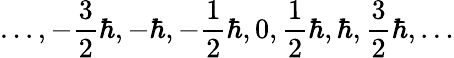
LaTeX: \ldots,-{\frac{3}{2}}\hbar,-\hbar,-{\frac{1}{2}}\hbar,0,{\frac{1}{2}}\hbar,\hbar,{\frac{3}{2}}\hbar,\ldots